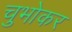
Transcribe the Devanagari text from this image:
चुभोकर